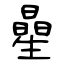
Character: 曐